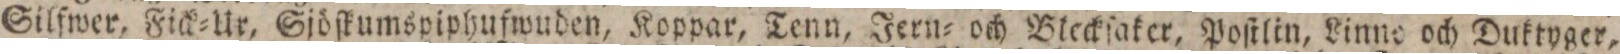
Silſwer, Fick=Ur, Sjöſkumspiphufwuden, Koppar, Tenn, Jern= och Bleckſaker, Poſtlin, Linne och Duktyger,